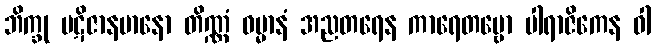
ဘိက္ခု ပဋိဇာနမာနော တိဏ္ဏံ ဓမ္မာနံ အညတရေန ကာရေတဗ္ဗော ပါရာဇိကေန ဝါ